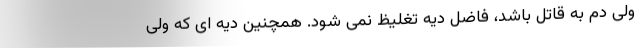
ولی دم به قاتل باشد، فاضل دیه تغلیظ نمی شود. همچنین دیه ای که ولی